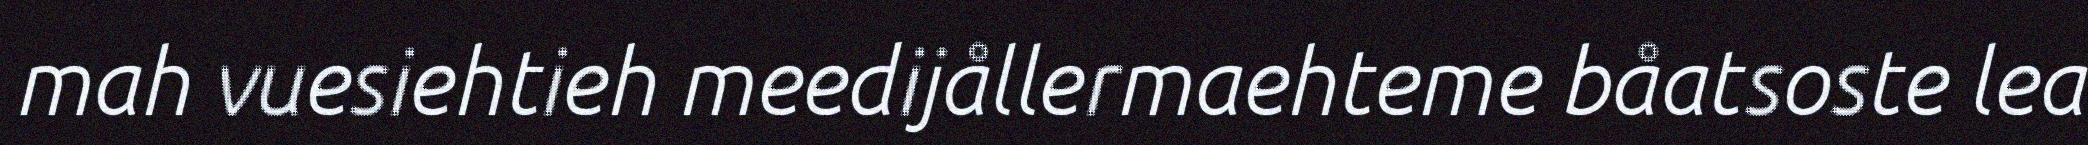
mah vuesiehtieh meedijållermaehteme båatsoste lea